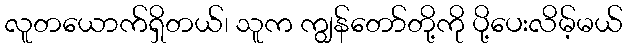
လူတယောက်ရှိတယ်၊ သူက ကျွန်တော်တို့ကို ပို့ပေးလိမ့်မယ်